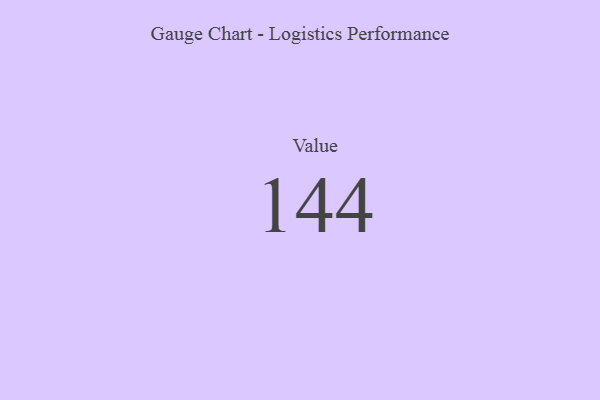
{"axis": {"x": "Metric", "y": "Value"}, "legend": [""], "data": [{"x": "Value", "y": 144, "type": ""}]}